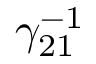
\gamma _ { 2 1 } ^ { - 1 }